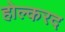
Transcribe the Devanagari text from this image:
होल्करद